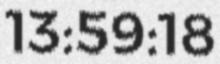
13:59:18